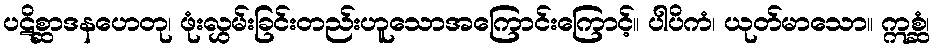
ပဋိစ္ဆာဒနဟေတု၊ ဖုံးလွှမ်းခြင်းတည်းဟူသောအကြောင်းကြောင့်။ ပါပိကံ၊ ယုတ်မာသော။ ဣစ္ဆံ၊